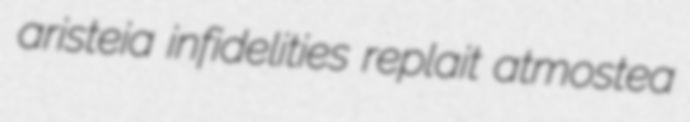
aristeia infidelities replait atmostea